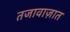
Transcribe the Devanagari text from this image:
तजावाज़ात